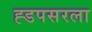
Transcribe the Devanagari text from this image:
ह्डपसरला